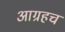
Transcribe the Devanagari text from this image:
आग्रहच